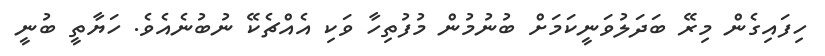
ހިފައިގެން މިރޭ ބަދަލުވަނީކަމަށް ބުނުމުން މުފުތިހާ ވަކި އެއްޗެކޭ ނުބުނެއެވެ. ހަޔާތީ ބުނީ